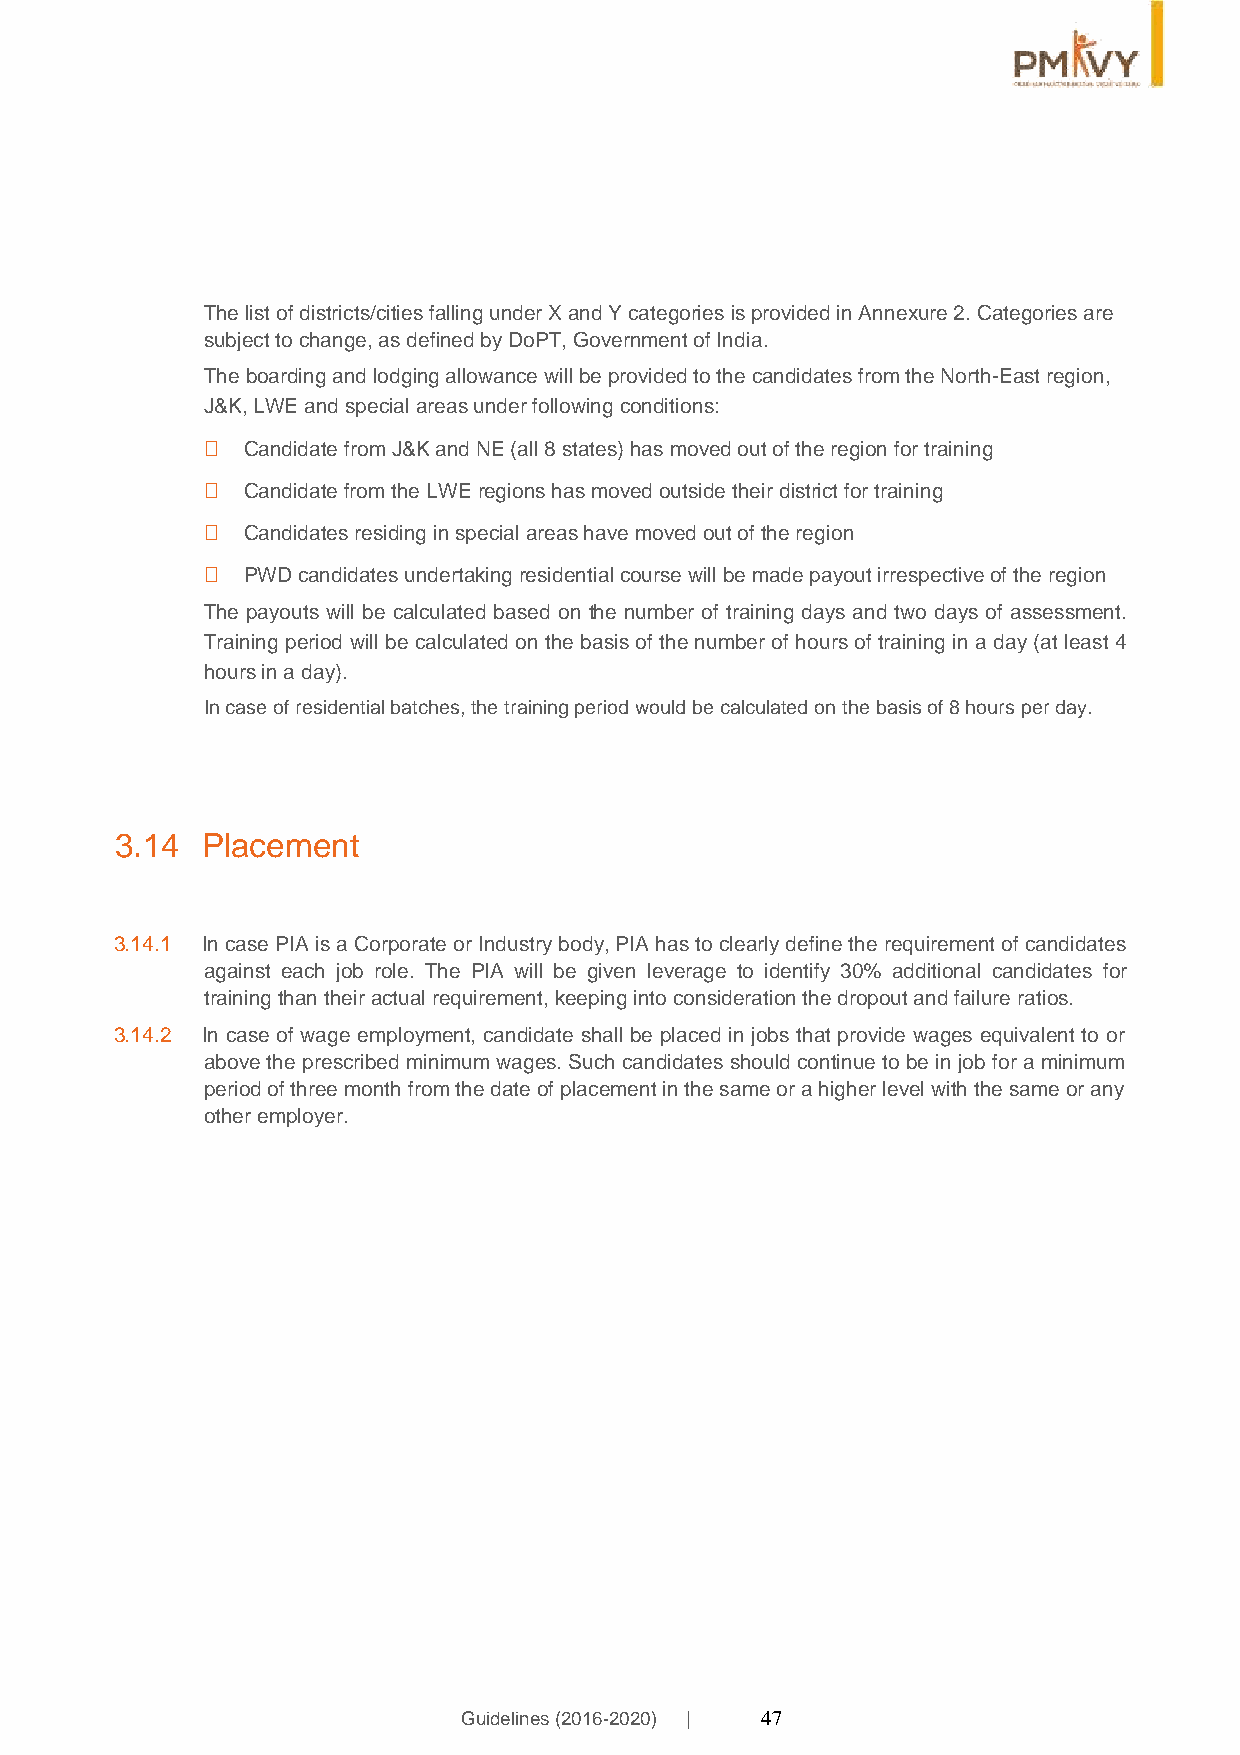
The list of districts/cities falling under X and Y categories is provided in Annexure 2. Categories are
 subject to change, as defined by DoPT, Government of India.
 The boarding and lodging allowance will be provided to the candidates from the North-East region,
 J&K, LWE and special areas under following conditions:
   Candidate from J&K and NE (all 8 states) has moved out of the region for training
   Candidate from the LWE regions has moved outside their district for training
   Candidates residing in special areas have moved out of the region
   PWD candidates undertaking residential course will be made payout irrespective of the region
 The payouts will be calculated based on the number of training days and two days of assessment.
 Training period will be calculated on the basis of the number of hours of training in a day (at least 4
 hours in a day).
 In case of residential batches, the training period would be calculated on the basis of 8 hours per day.
 3.14 Placement
 3.14.1 In case PIA is a Corporate or Industry body, PIA has to clearly define the requirement of candidates
 against each job role. The PIA will be given leverage to identify 30% additional candidates for
 training than their actual requirement, keeping into consideration the dropout and failure ratios.
 3.14.2 In case of wage employment, candidate shall be placed in jobs that provide wages equivalent to or
 above the prescribed minimum wages. Such candidates should continue to be in job for a minimum
 period of three month from the date of placement in the same or a higher level with the same or any
 other employer.
 Guidelines (2016-2020) | 47